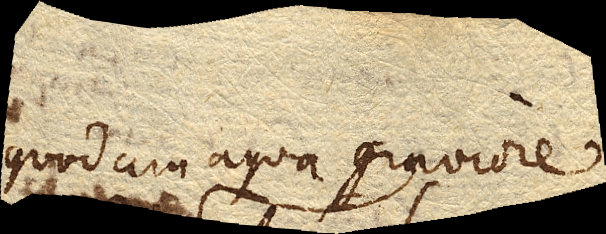
quodam aqua graviore